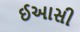
ઈઆસી